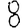
Digit: 8